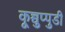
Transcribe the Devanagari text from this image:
कूच्चुप्पुडी